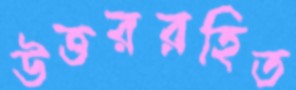
উত্তররহিত